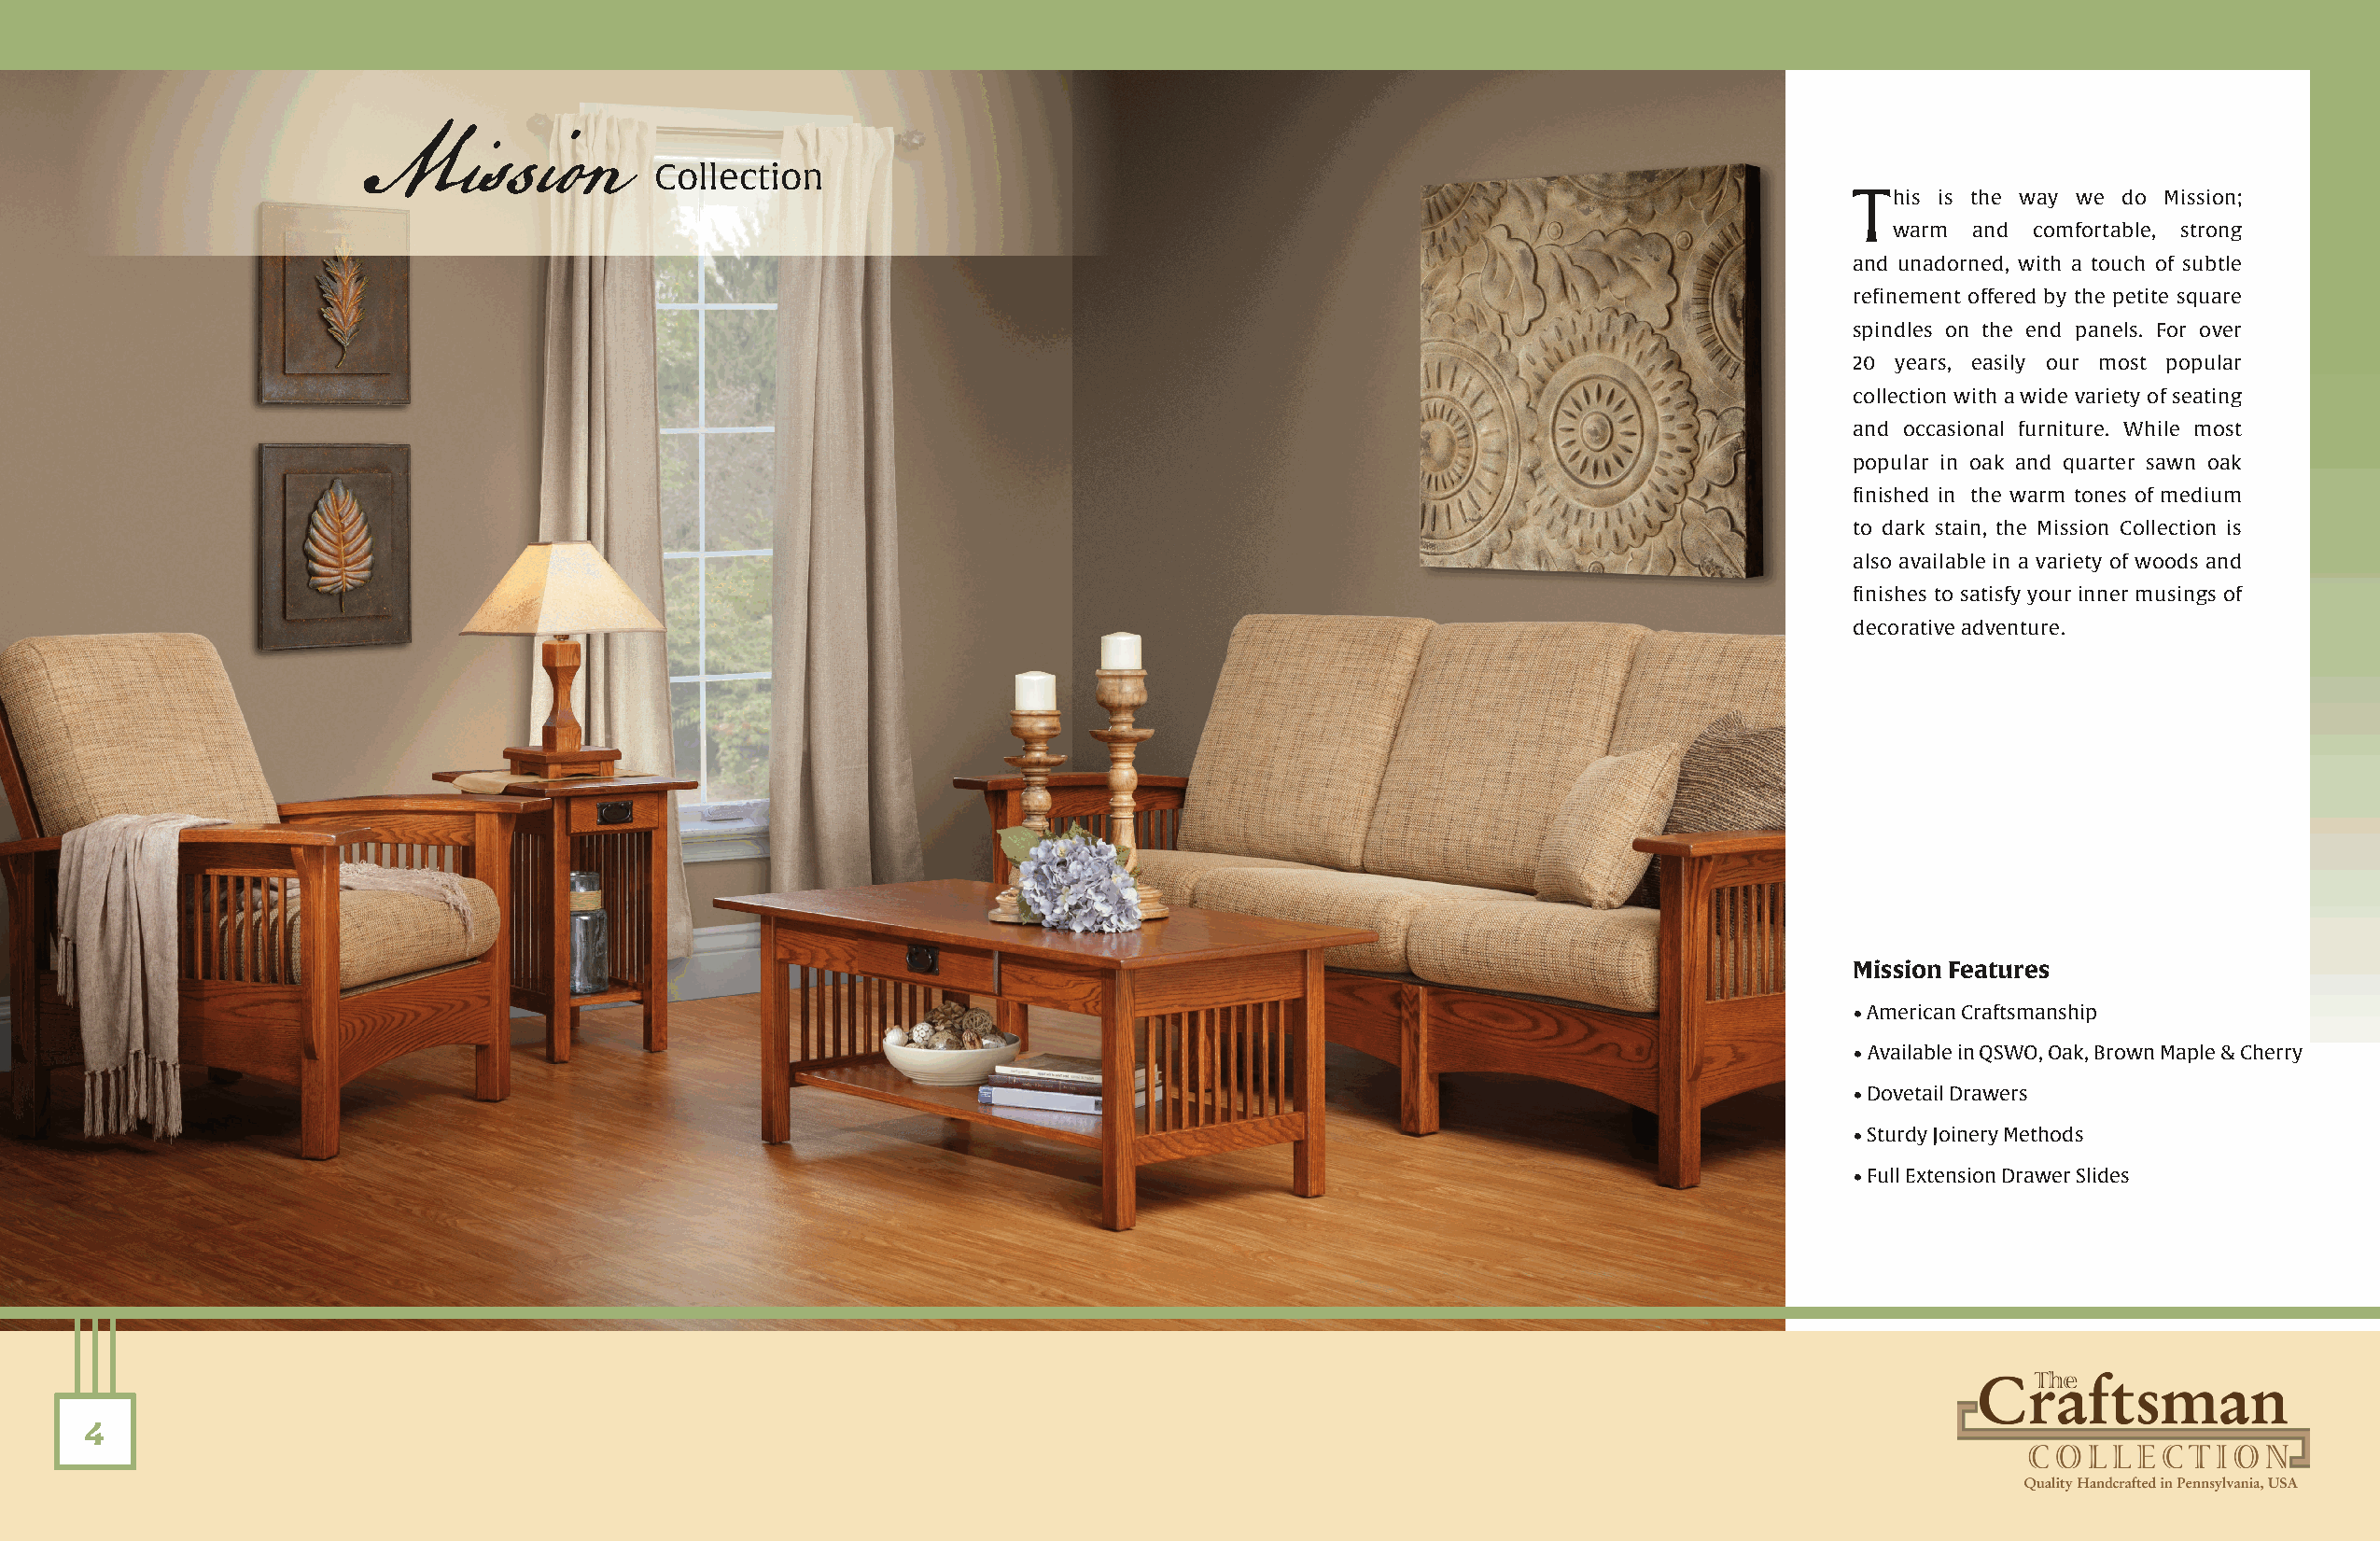
Mission
 Collection
 This  is the way we do Mission;
 warm  and comfortable, strong
 and unadorned, with a touch of subtle
 refinement offered by the petite square
 spindles on the end panels. For over
 20 years, easily our most popular
 collection with a wide variety of seating
 and occasional furniture. While most
 popular in oak and quarter sawn oak
 finished in the warm tones of medium
 to dark stain, the Mission Collection is
 also available in a variety of woods and
 finishes to satisfy your inner musings of
 decorative adventure.
 Mission Features
 • American Craftsmanship
 • Available in QSWO, Oak, Brown Maple & Cherry
 • Dovetail Drawers
 • Sturdy Joinery Methods
 • Full Extension Drawer Slides
 4